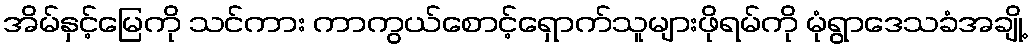
အိမ်နှင့်မြေကို သင်ကား ကာကွယ်စောင့်ရှောက်သူများဖိုရမ်ကို မုံရွာဒေသခံအချို့